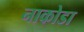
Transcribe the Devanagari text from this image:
नाकोडा